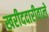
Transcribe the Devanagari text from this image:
खरीददारीवाले